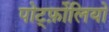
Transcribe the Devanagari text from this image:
पोर्ट्फ़ोलियो